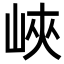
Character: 峽